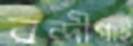
বন্দীগাই